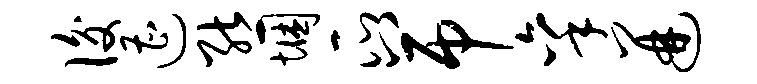
后遭熊悃瓜八吊秉迸